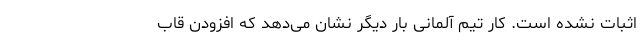
اثبات نشده است. کار تیم آلمانی بار دیگر نشان می‌دهد که افزودن قاب